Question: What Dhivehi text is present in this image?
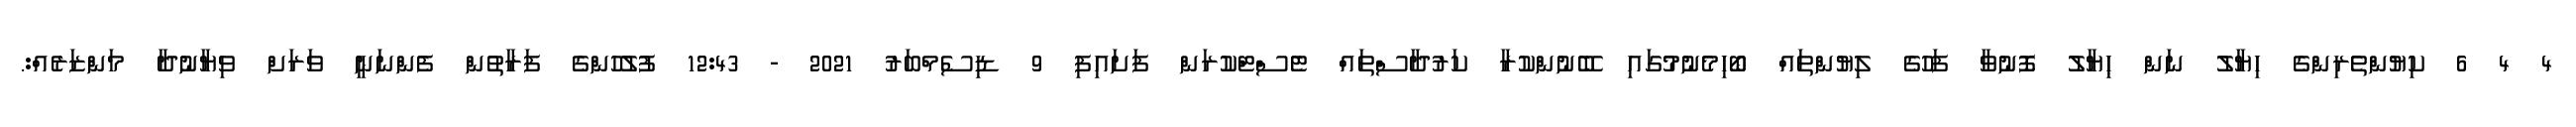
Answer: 4 4 6 ކިޔުންތެރިންގެ ހިޔާލު ނަން ޙިޔާލު ފޮނުވާ ފަހުގެ ލިޔުންތައް ބޯހިމެނުމުގައި ބޭނުންކުރާ ކަރުދާސްތައް ޓެސްޓްކުރަން ފަށައިފި 9 ޑިސެމްބަރު 2021 - 12:43 ފުލުހުންގެ ފަރާތުން ފެންނަނީ ވަރަށް ވިޔާނުދާ މަންޒަރެއް:.